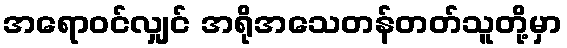
အရောဝင်လျှင် အရိုအသေတန်တတ်သူတို့မှာ